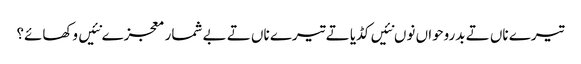
تیرے ناں تے بدروحواں نوں نئیں کڈیا تے تیرے ناں تے بے شمار معجزے نئیں وکھائے؟